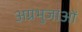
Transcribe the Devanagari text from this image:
अग्रभुजाओं